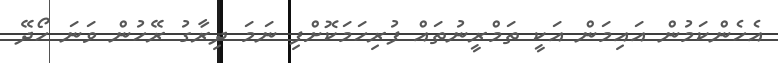
އެހެންކަމުން އައިމަން އަކީ ތަމްރީނުތައް ފުރިހަމަކޮށްފި ނަމަ ދިރާގު ރޭހުން ވަނަ ހޯދޭ